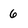
Character: 6